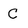
Character: C